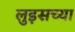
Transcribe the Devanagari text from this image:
लुइसच्या